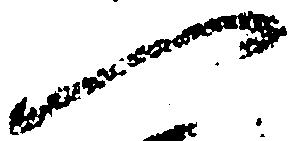
へ